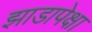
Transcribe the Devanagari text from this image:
झाडापेक्षा